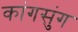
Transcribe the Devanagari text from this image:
कांगसुंग